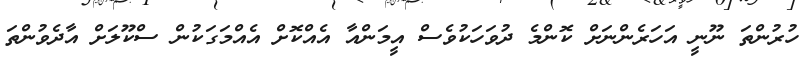
ހުރުންތަ ނޫނީ އަހަރެންނަށް ކޮންމެ ދުވަހަކުވެސް އީމަންއާ އެއްކޮށް އެއްމަގަކުން ސްކޫލަށް އާދެވުންތަ